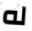
له